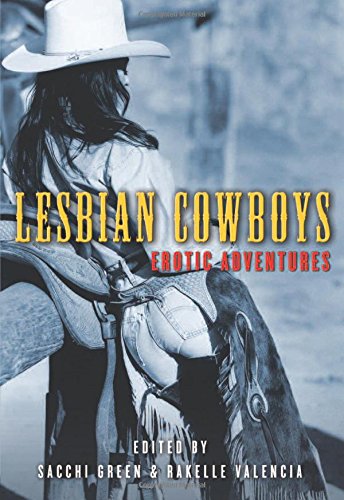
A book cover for Lesbian Cowboys: Erotic Adventures; Romance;